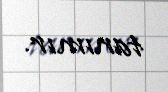
tanımır.